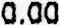
0.00